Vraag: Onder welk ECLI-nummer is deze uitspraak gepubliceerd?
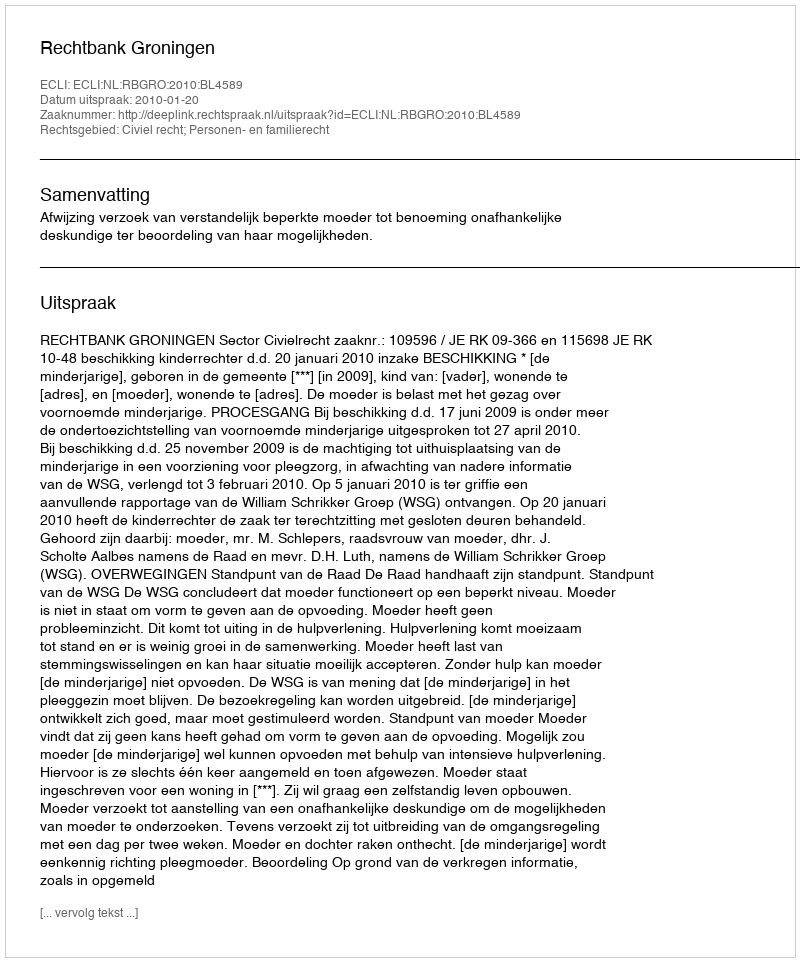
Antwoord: ECLI:NL:RBGRO:2010:BL4589